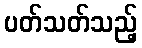
ပတ်သတ်သည့်